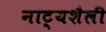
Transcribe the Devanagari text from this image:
नाट्यशैली